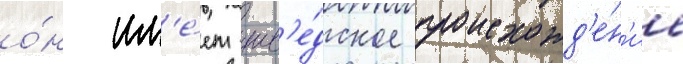
о́н им'е́ет шв'е́дское происхожд'е́н'ие